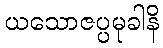
ယသောဇပ္ပမုခါနိ